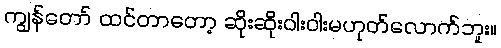
ကျွန်တော် ထင်တာတော့ ဆိုးဆိုးဝါးဝါးမဟုတ်လောက်ဘူး။